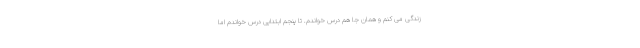
زندگی می کنم و همان جا هم درس خواندم. تا پنجم ابتدایی درس خواندم اما